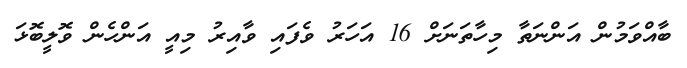
ބާއްވަމުން އަންނަތާ މިހާތަނަށް 16 އަހަރު ވެފައި ވާއިރު މިއީ އަންހެން ވޮލީބޮޅަ